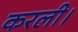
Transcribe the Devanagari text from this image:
करली।